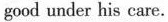
good under his care.